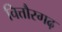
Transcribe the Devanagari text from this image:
चित्तौरगढ़